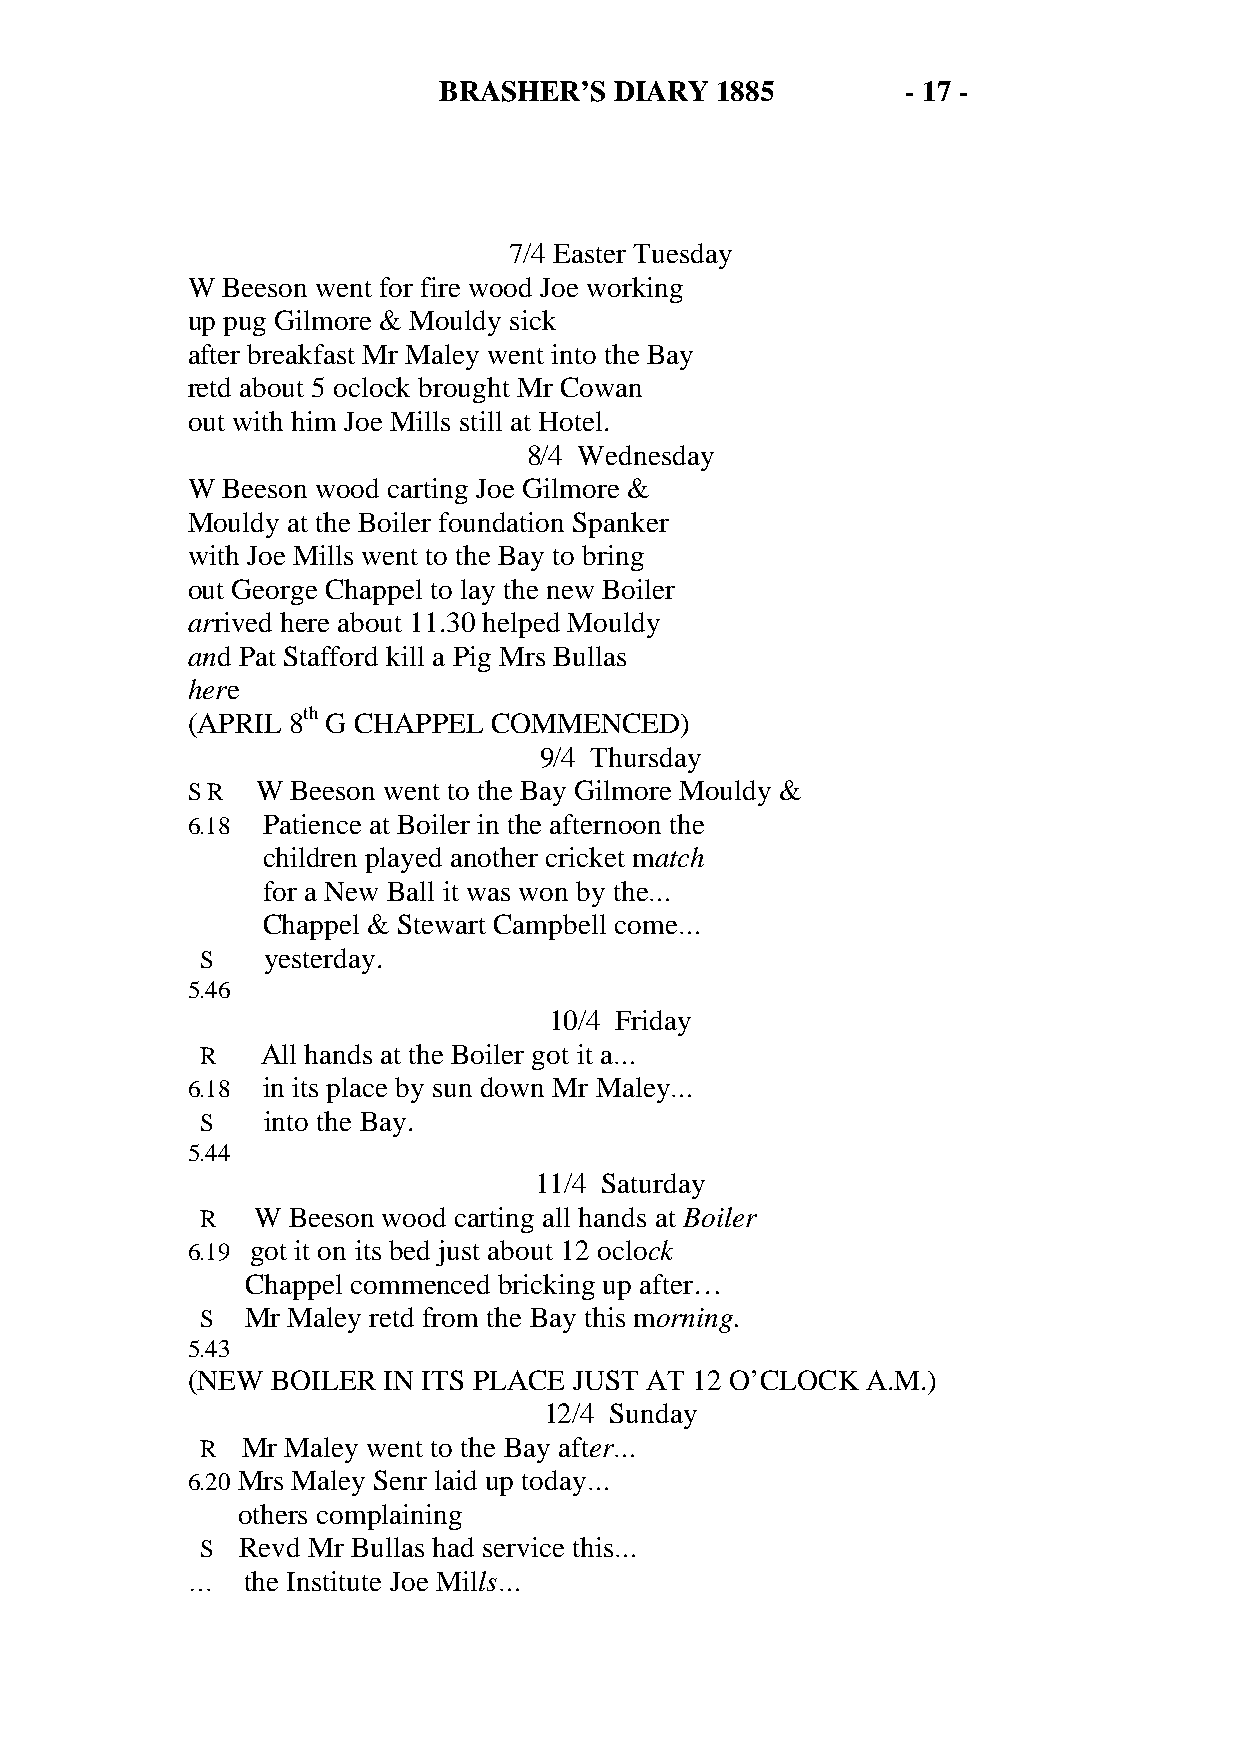
BRASHER’S   DIARY 1885         - 17 -
 7/4 Easter Tuesday
 W  Beeson went for fire wood Joe working
 up pug Gilmore & Mouldy sick
 after breakfast Mr Maley went into the Bay
 retd about 5 oclock brought Mr Cowan
 out with him Joe Mills still at Hotel.
 8/4 Wednesday
 W  Beeson wood carting Joe Gilmore &
 Mouldy at the Boiler foundation Spanker
 with Joe Mills went to the Bay to bring
 out George Chappel to lay the new Boiler
 arrived here about 11.30 helped Mouldy
 and Pat Stafford kill a Pig Mrs Bullas
 here
 (APRIL 8th G CHAPPEL COMMENCED)
 9/4 Thursday
 S R  W Beeson went to the Bay Gilmore Mouldy &
 6.18 Patience at Boiler in the afternoon the
 children played another cricket match
 for a New Ball it was won by the…
 Chappel & Stewart Campbell come…
 S   yesterday.
 5.46
 10/4 Friday
 R   All hands at the Boiler got it a…
 6.18 in its place by sun down Mr Maley…
 S   into the Bay.
 5.44
 11/4 Saturday
 R   W Beeson wood carting all hands at Boiler
 6.19 got it on its bed just about 12 oclock
 Chappel commenced bricking up after…
 S  Mr Maley retd from the Bay this morning.
 5.43
 (NEW  BOILER IN ITS PLACE JUST AT 12 O’CLOCK A.M.)
 12/4 Sunday
 R  Mr Maley went to the Bay after…
 6.20 Mrs Maley Senr laid up today…
 others complaining
 S  Revd Mr Bullas had service this…
 …   the Institute Joe Mills…